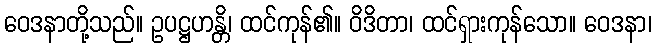
ဝေဒနာတို့သည်။ ဥပဋ္ဌဟန္တိ၊ ထင်ကုန်၏။ ဝိဒိတာ၊ ထင်ရှားကုန်သော။ ဝေဒနာ၊